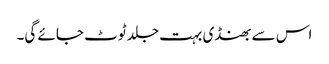
اس سے بھنڈی بہت جلد ٹوٹ جائے گی۔